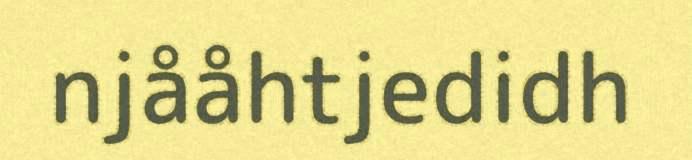
njååhtjedidh